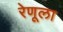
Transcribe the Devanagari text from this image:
रेणूला